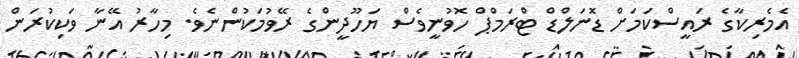
އެމެރިކާގެ ރައީސްކަމަށް ޑޮނަލްޑް ޓްރަމްޕް ހޮވުނީވެސް ޔަހޫދީންގެ ރޭވުމަކުންނެވެ. މިހާރު އޭނާ ވަކިކުރަން